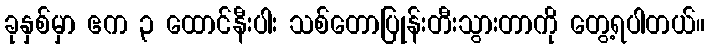
ခုနှစ်မှာ ဧက ၃ ထောင်နီးပါး သစ်တောပြုန်းတီးသွားတာကို တွေ့ရပါတယ်။